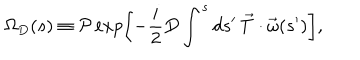
\Omega _ { D } ( s ) \equiv { \cal P } \exp \left[ - \frac { i } { 2 } D \int ^ { s } d s ^ { \prime } \, \vec { T } \cdot \vec { \omega } ( s ^ { \prime } ) \right] ,